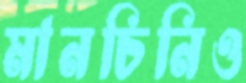
মানচিনিও